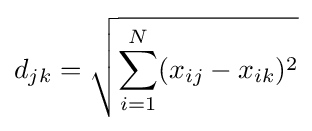
d_{jk}={\sqrt {\sum _{i=1}^{N}(x_{ij}-x_{ik})^{2}}}